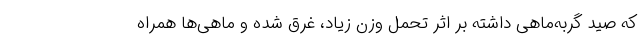
که صید گربه‌ماهی داشته بر اثر تحمل وزن زیاد، غرق شده و ماهی‌ها همراه